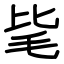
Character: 毞